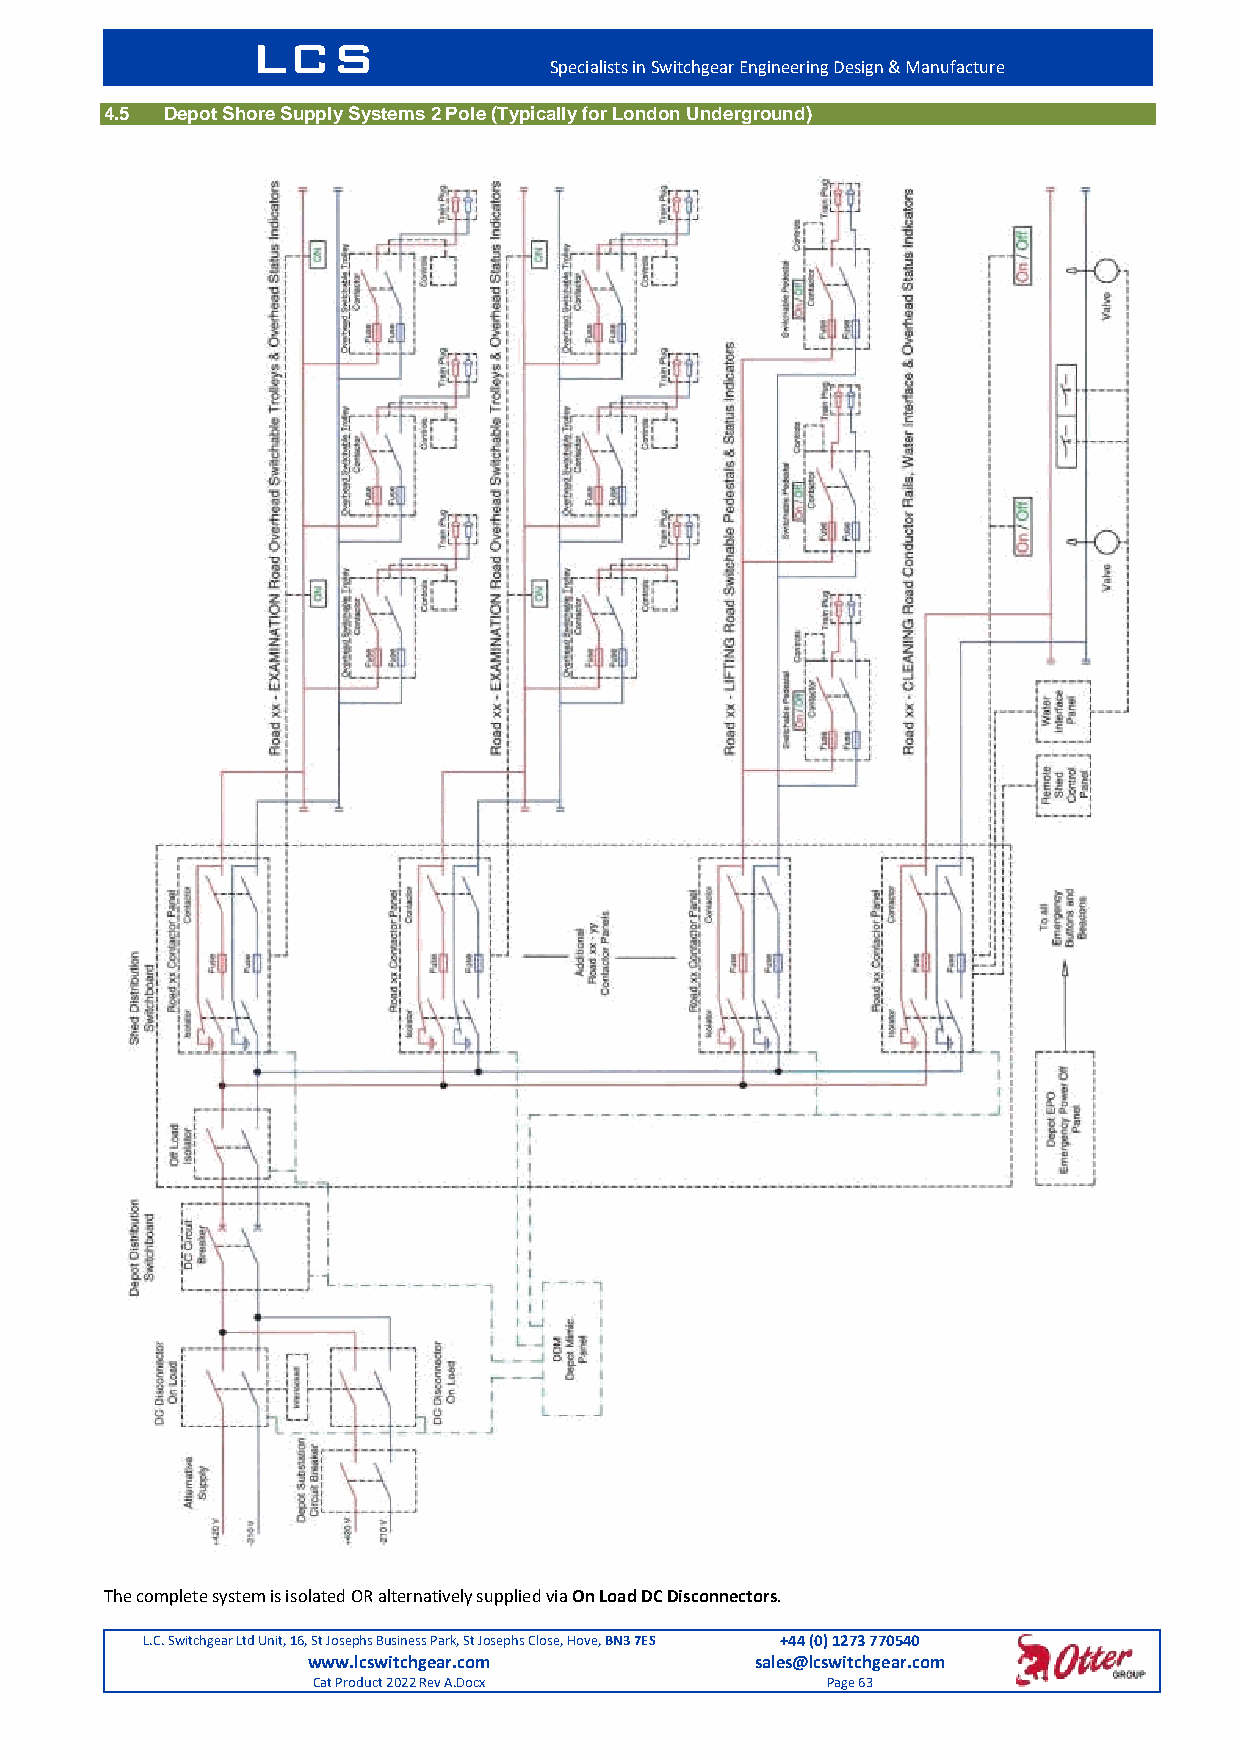
LCS
 Specialists in Switchgear Engineering Design & Manufacture
 4.5 Depot Shore Supply Systems 2 Pole (Typically for London Underground)
 The complete system is isolated OR alternatively supplied via On Load DC Disconnectors.
 L.C. Switchgear Ltd Unit, 16, St Josephs Business Park, St Josephs Close, Hove, BN3 7ES +44 (0) 1273 770540
 www.lcswitchgear.com          sales@lcswitchgear.com
 Cat Product 2022 Rev A.Docx       Page 63